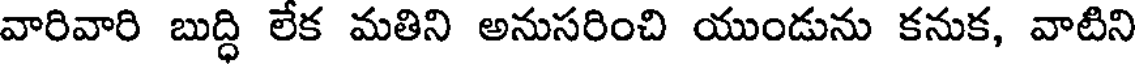
వారివారి బుద్ధి లేక మతిని అనుసరించి యుండును కనుక, వాటిని